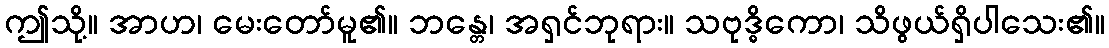
ဤသို့။ အာဟ၊ မေးတော်မူ၏။ ဘန္တေ၊ အရှင်ဘုရား။ သဗုဒ္ဓိကော၊ သိဖွယ်ရှိပါသေး၏။